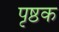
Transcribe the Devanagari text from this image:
पृष्ठक